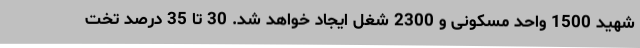
شهید 1500 واحد مسکونی و 2300 شغل ایجاد خواهد شد. 30 تا 35 درصد تخت